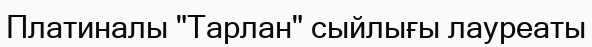
Платиналы "Тарлан" сыйлығы лауреаты